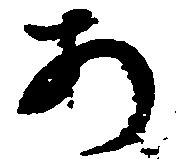
あ